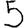
Digit: 5